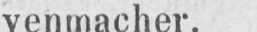
venmacher.